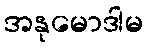
အနုမောဒါမ